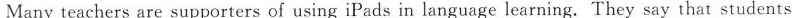
Many teachers are supporters of using iPads in language learning.They say that students